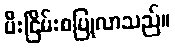
မီးငြိမ်းစပြုလာသည်။